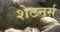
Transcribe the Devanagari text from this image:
शेटनर्स